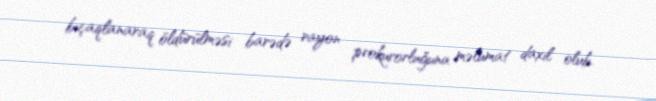
bıçaqlanaraq öldürülməsi barədə rayon prokurorluğuna məlumat daxil olub.